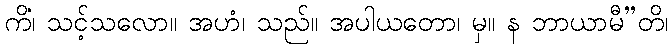
ကိံ၊ သင့်သလော။ အဟံ၊ သည်။ အပါယတော၊ မှ။ န ဘာယာမီ”တိ၊